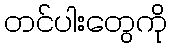
တင်ပါးတွေကို